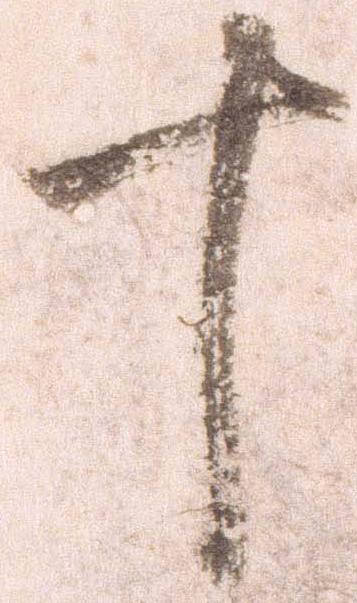
十